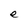
Character: e